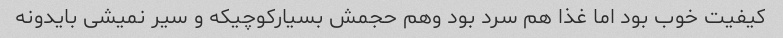
کیفیت خوب بود اما غذا هم سرد بود وهم حجمش بسیارکوچیکه و سیر نمیشی بایدونه